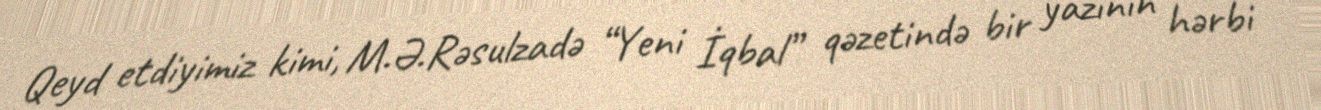
Qeyd etdiyimiz kimi, M.Ə.Rəsulzadə “Yeni İqbal” qəzetində bir yazının hərbi